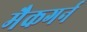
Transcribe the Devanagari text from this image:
मैकगर्न